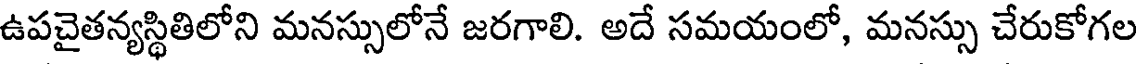
ఉపచైతన్యస్థితిలోని మనస్సులోనే జరగాలి. అదే సమయంలో, మనస్సు చేరుకోగల